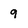
Character: 9